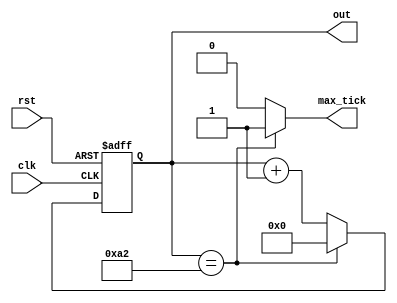
`timescale 1ns / 1ps
//////////////////////////////////////////////////////////////////////////////////
// Company:	-
// 
// Design Name: 	-
// Module Name:    mod_m_counter 
// Project Name: 	FPGA implementation of simple XOR cipher
// Target Devices: -
// Tool versions: -
// Description: -
//
// Dependencies: -
//
// Revision: 
// Revision 0.01 - File Created
// Additional Comments: 
//
//////////////////////////////////////////////////////////////////////////////////

module mod_m_counter
	#(
		parameter	N = 8,  // number of bits in counter
						M = 163 // mod M
	)
	(
		input wire clk, rst,
		output wire max_tick,
		output wire [N-1:0] out
    );
	
	// signal decleration
	reg [N-1:0] state;
	wire [N-1:0] nstate;
	
	// state register
	always @(posedge clk, posedge rst)
		if(rst)
			state <= 0;
		else
			state <= nstate;
	
	// next-state logic
	assign nstate = (state == M-1) ? 0 : state + 1;
	
	// output logic
	assign out = state;
	assign max_tick = (state == M-1) ? 1'b1 : 1'b0;

endmodule